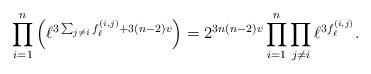
LaTeX: \begin{align*}\prod_{i=1}^n \left( \ell^{3 \sum_{j \neq i} f^{(i,j)}_\ell + 3(n-2)v}\right) = 2^{3n(n-2)v} \prod_{i=1}^n \prod_{j \neq i} \ell^{3 f_\ell^{(i,j)}}.\end{align*}